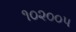
૧૦૨૦૦૫